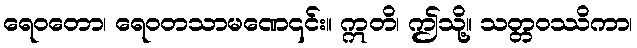
ရေဝတော၊ ရေဝတသာမဏေ၎င်း။ ဣတိ၊ ဤသို့။ သတ္တဝဿိကာ၊